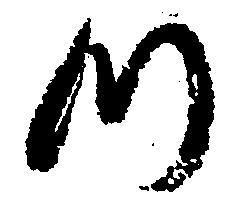
つ